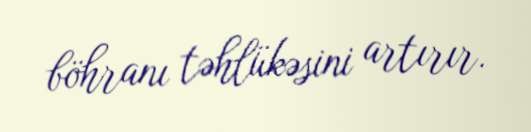
böhranı təhlükəsini artırır.